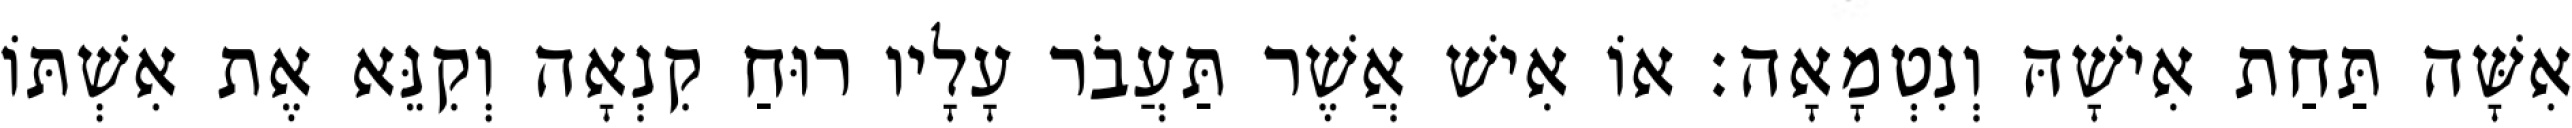
אִשָּׁה תַּחַת אִישָׁהּ וְנִטְמָאָה׃ אוֹ אִישׁ אֲשֶׁר תַּעֲבֹר עָלָיו רוּחַ קִנְאָה וְקִנֵּא אֶת אִשְׁתּוֹ